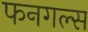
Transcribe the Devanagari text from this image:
फनगल्स